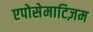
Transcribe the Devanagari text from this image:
एपोसेमाटिज़म